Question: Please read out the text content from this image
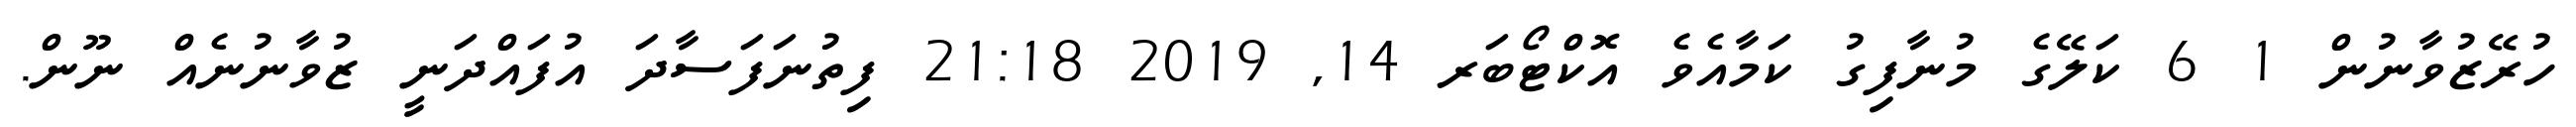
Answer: ހުރޭޒުވާނުން 1 6 ކަލޭގެ މުނާފިގު ކަމާއެވެ އޮކްޓޯބަރ 14, 2019 21:18 ފިތުނަފަސާދަ އުފައްދަނީ ޒުވާނުނެއް ނޫން.